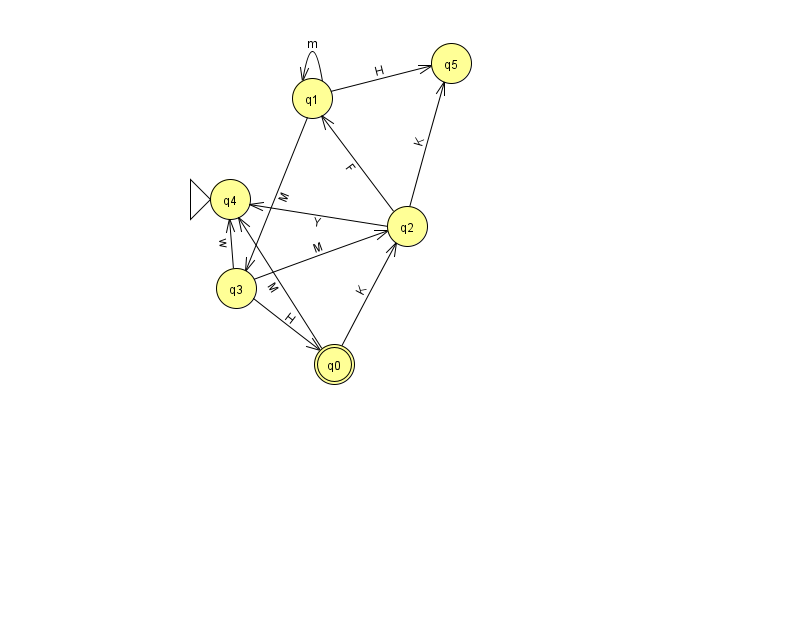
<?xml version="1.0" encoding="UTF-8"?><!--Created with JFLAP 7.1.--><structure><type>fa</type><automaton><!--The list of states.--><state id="0" name="q0"><x>334.0</x><y>351.0</y><final/></state><state id="1" name="q1"><x>312.0</x><y>85.0</y></state><state id="2" name="q2"><x>407.0</x><y>213.0</y></state><state id="3" name="q3"><x>236.0</x><y>275.0</y></state><state id="4" name="q4"><x>230.0</x><y>186.0</y><initial/></state><state id="5" name="q5"><x>451.0</x><y>50.0</y></state><!--The list of transitions.--><transition><from>2</from><to>5</to><read>K</read></transition><transition><from>3</from><to>0</to><read>H</read></transition><transition><from>0</from><to>2</to><read>K</read></transition><transition><from>1</from><to>5</to><read>H</read></transition><transition><from>0</from><to>4</to><read>M</read></transition><transition><from>2</from><to>1</to><read>F</read></transition><transition><from>3</from><to>4</to><read>w</read></transition><transition><from>2</from><to>4</to><read>Y</read></transition><transition><from>1</from><to>1</to><read>m</read></transition><transition><from>1</from><to>3</to><read>M</read></transition><transition><from>3</from><to>2</to><read>M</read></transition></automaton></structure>